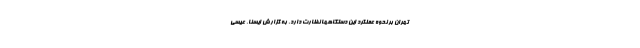
تهران بر نحوه عملکرد این دستگاهها نظارت دارد. به گزارش ایسنا، عیسی